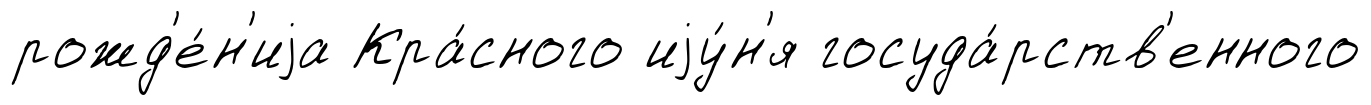
рожд'е́н'иjа Кра́сного иjу́н'я госуда́рств'енного